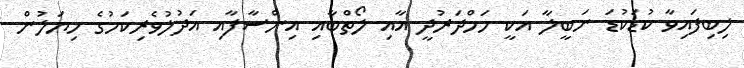
ލިބިފައިވާ ކުޑަކުޑަ ނަބީލާ އަކީ ހަމްދަރުދީ އާއި ލޯތްބާއި އިންސާފާއި އަދުލުވެރިކަމުގެ ހިޔަލުން